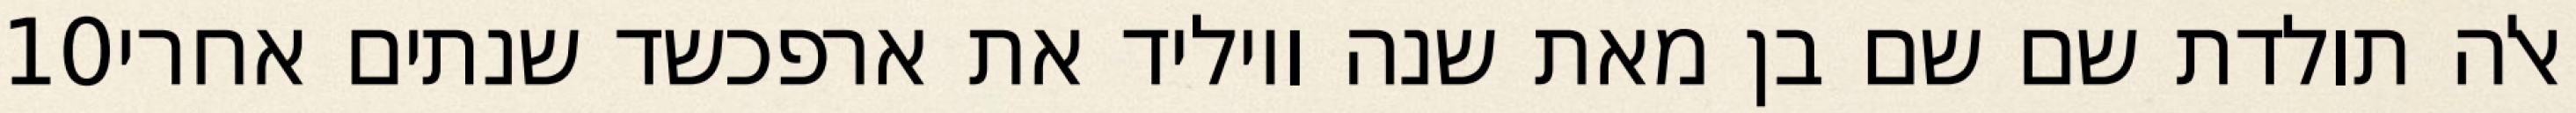
‎10‏ אלה תולדת שם שם בן מאת שנה ויוליד את ארפכשד שנתים אחרי